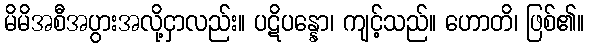
မိမိအစီအပွားအလို့ငှာလည်း။ ပဋိပန္နော၊ ကျင့်သည်။ ဟောတိ၊ ဖြစ်၏။